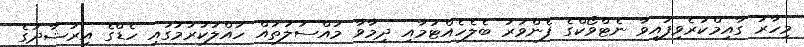
މިހާރު ގާއިމްކުރެވިފައިވާ ނެޓްވޯކްގެ ފެންވަރު ބެލެހެއްޓުމާއި ދިމާވާ މައްސަލަތައް ހައްލުކުރުމުގައި ހެޑްގެ އިރުޝާދުގެ